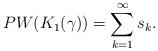
LaTeX: \begin{align*}PW(K_1(\gamma))=\sum_{k=1}^{\infty} s_k.\end{align*}